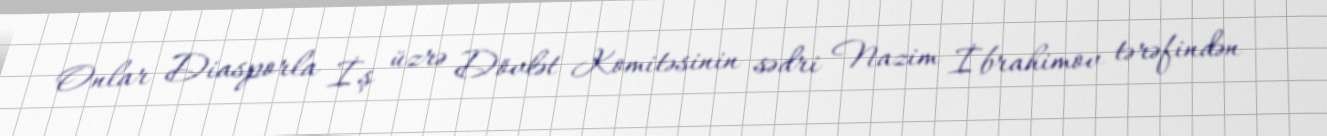
Onlar Diasporla İş üzrə Dövlət Komitəsinin sədri Nazim İbrahimov tərəfindən